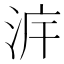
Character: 𣴔